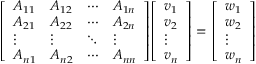
{ \left[ \begin{array} { l l l l } { A _ { 1 1 } } & { A _ { 1 2 } } & { \cdots } & { A _ { 1 n } } \\ { A _ { 2 1 } } & { A _ { 2 2 } } & { \cdots } & { A _ { 2 n } } \\ { \vdots } & { \vdots } & { \ddots } & { \vdots } \\ { A _ { n 1 } } & { A _ { n 2 } } & { \cdots } & { A _ { n n } } \end{array} \right] } { \left[ \begin{array} { l } { v _ { 1 } } \\ { v _ { 2 } } \\ { \vdots } \\ { v _ { n } } \end{array} \right] } = { \left[ \begin{array} { l } { w _ { 1 } } \\ { w _ { 2 } } \\ { \vdots } \\ { w _ { n } } \end{array} \right] }